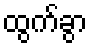
ထွက်ခွာ